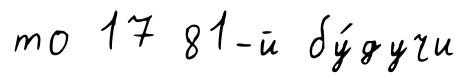
то 17 81-й бу́дучи